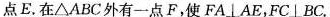
点E。在△ABC外有一点F，使FA\bot AE，FC\bot BC。